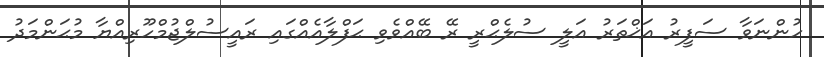
ހުންނަވާ ސަފީރު އަޚްތަރު އަލީ ސުލެޙްރީ ރޭ ބޭއްވެވި ޙަފްލާއެއްގައި ރައީސުލްޖުމްހޫރިއްޔާ މުޙަންމަދު